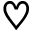
\heartsuit